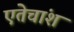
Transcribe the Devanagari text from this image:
एतेचांश